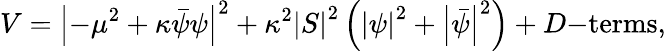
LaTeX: V=\left|-\mu^{2}+\kappa\bar{\psi}\psi\right|^{2}+\kappa^{2}\left|S\right|^{2}\left(\left|\psi\right|^{2}+\left|\bar{\psi}\right|^{2}\right)+D\mathrm{-terms},